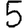
Digit: 5